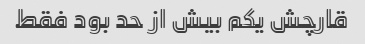
قارچش یکم بیش از حد بود فقط